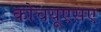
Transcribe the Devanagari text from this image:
कोचयूएसए